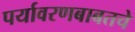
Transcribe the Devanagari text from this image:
पर्यावरणबाबतचे